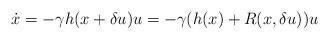
LaTeX: \begin{align*}\dot{x} = -\gamma h(x+\delta u) u = -\gamma (h(x)+R(x,\delta u)) u\end{align*}